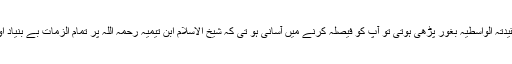
اگر آپ نے '' عقیدتہ الواسطیہ بغور پڑھی ہوتی تو آپ کو فیصلہ کرنے میں آسانی ہو تی کہ شیخ الاسلام ابن تیمیہ رحمہ اللہ پر تمام الزمات بے بنیاد اور جھوٹے ہیں ۔